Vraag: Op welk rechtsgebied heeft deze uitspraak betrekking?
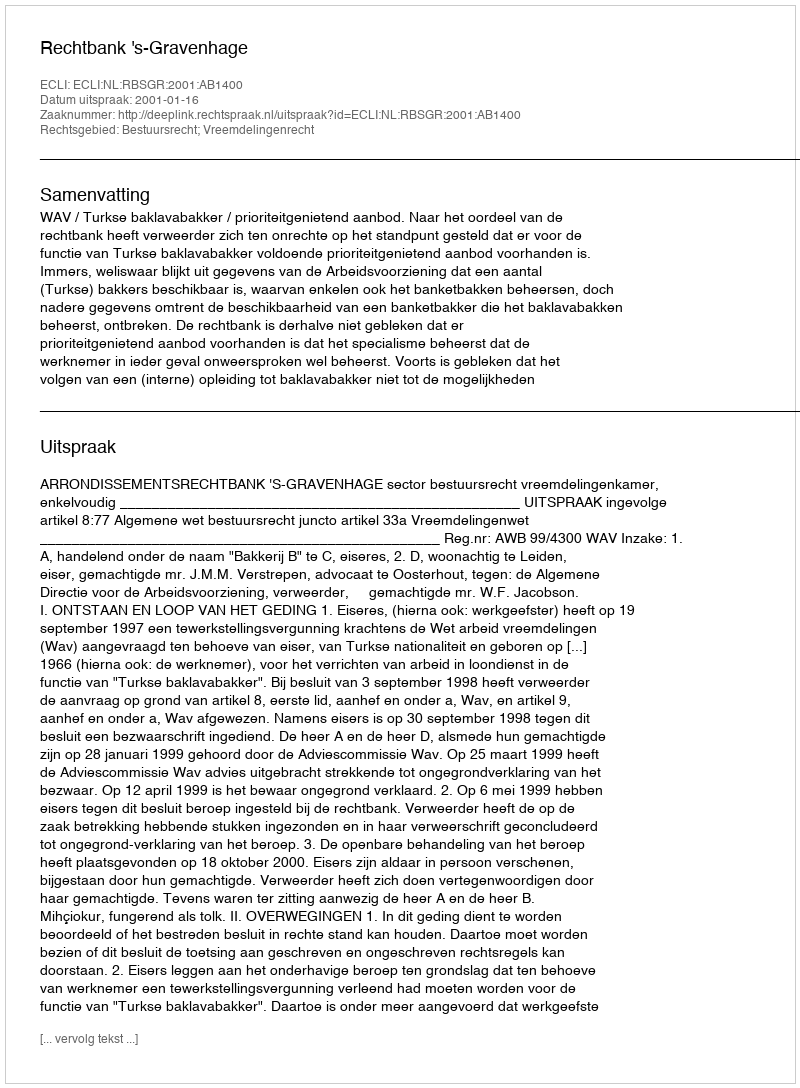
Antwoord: Bestuursrecht; Vreemdelingenrecht